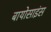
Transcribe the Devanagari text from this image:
बायोसाइंस